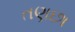
તણછા